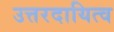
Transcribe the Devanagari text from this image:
उत्तरदायित्व